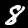
Label: 8